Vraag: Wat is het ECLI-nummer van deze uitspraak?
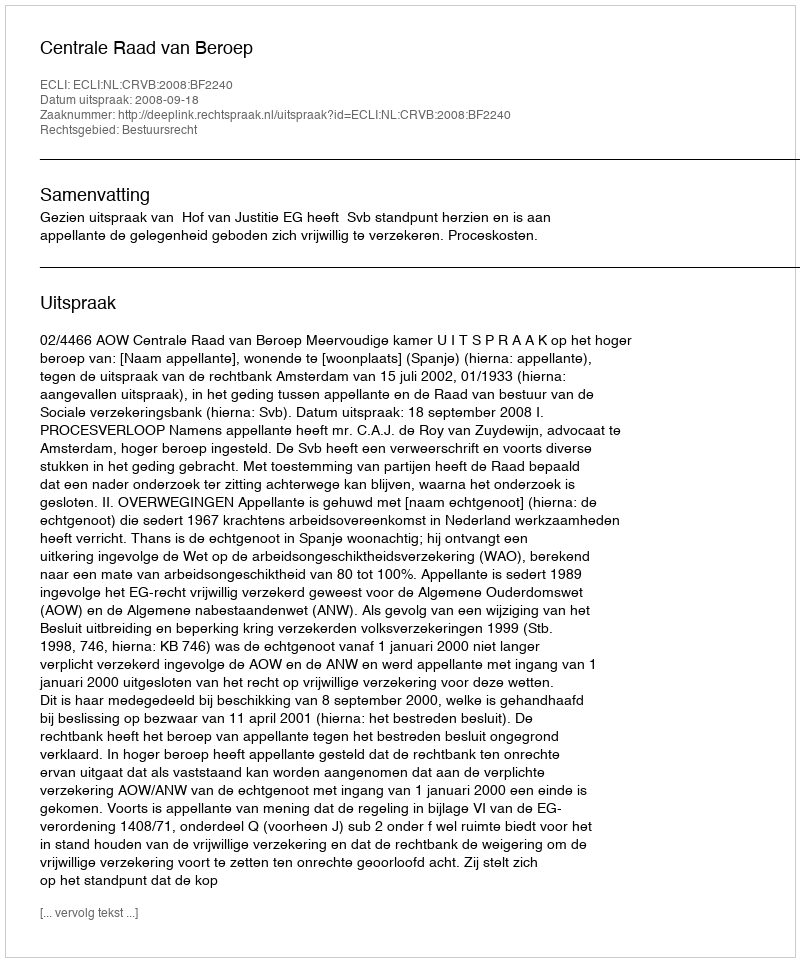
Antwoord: ECLI:NL:CRVB:2008:BF2240